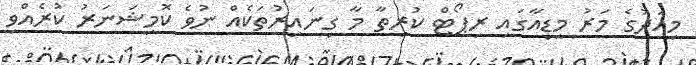
މިއަދުގެ މަރު މީޑިއާގައި ރިޕޯޓް ކުރިތާ މާ ގިނައިރުތަކެއް ނުވެ ކޮމިޝަނަރު ކުރެއްވި